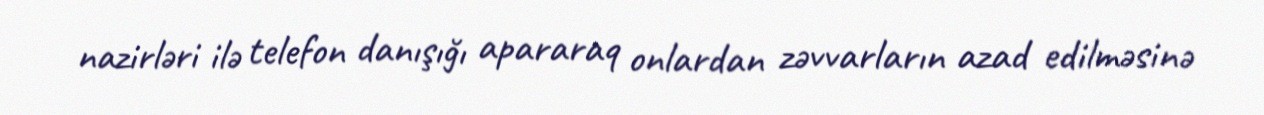
nazirləri ilə telefon danışığı apararaq onlardan zəvvarların azad edilməsinə